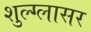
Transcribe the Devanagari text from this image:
शुल्‍ग्‍लासर